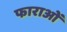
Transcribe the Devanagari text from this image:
फाराओं